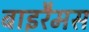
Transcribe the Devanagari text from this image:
बाइरैमस